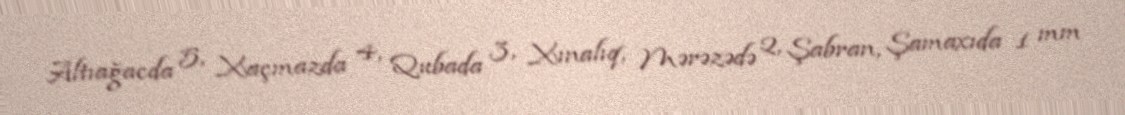
Altıağacda 5, Xaçmazda 4, Qubada 3, Xınalıq, Mərəzədə 2, Şabran, Şamaxıda 1 mm